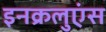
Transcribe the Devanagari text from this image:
इनक्रलुएंस